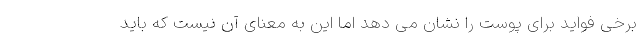
برخی فواید برای پوست را نشان می دهد اما این به معنای آن نیست که باید